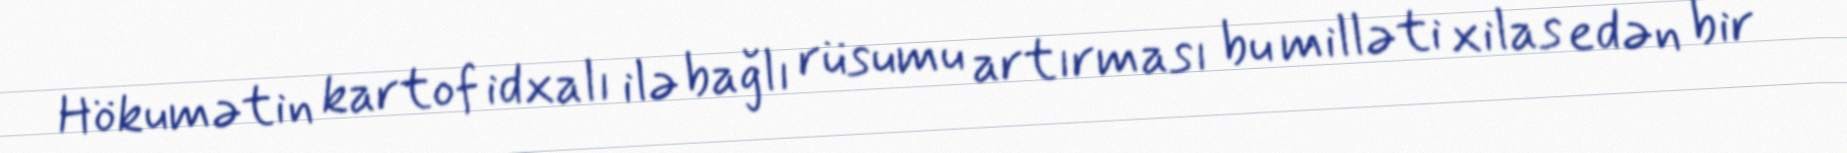
Hökumətin kartof idxalı ilə bağlı rüsumu artırması bu milləti xilas edən bir